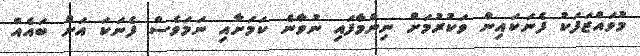
މުވައްޒަފަކު ފެނަކައިން ވަކުރުމަށް ނިންމާފައި ނުވާނެ ކަމަށާއި ނަމަވެސް ފެނަކަ އަށް ބައެއް